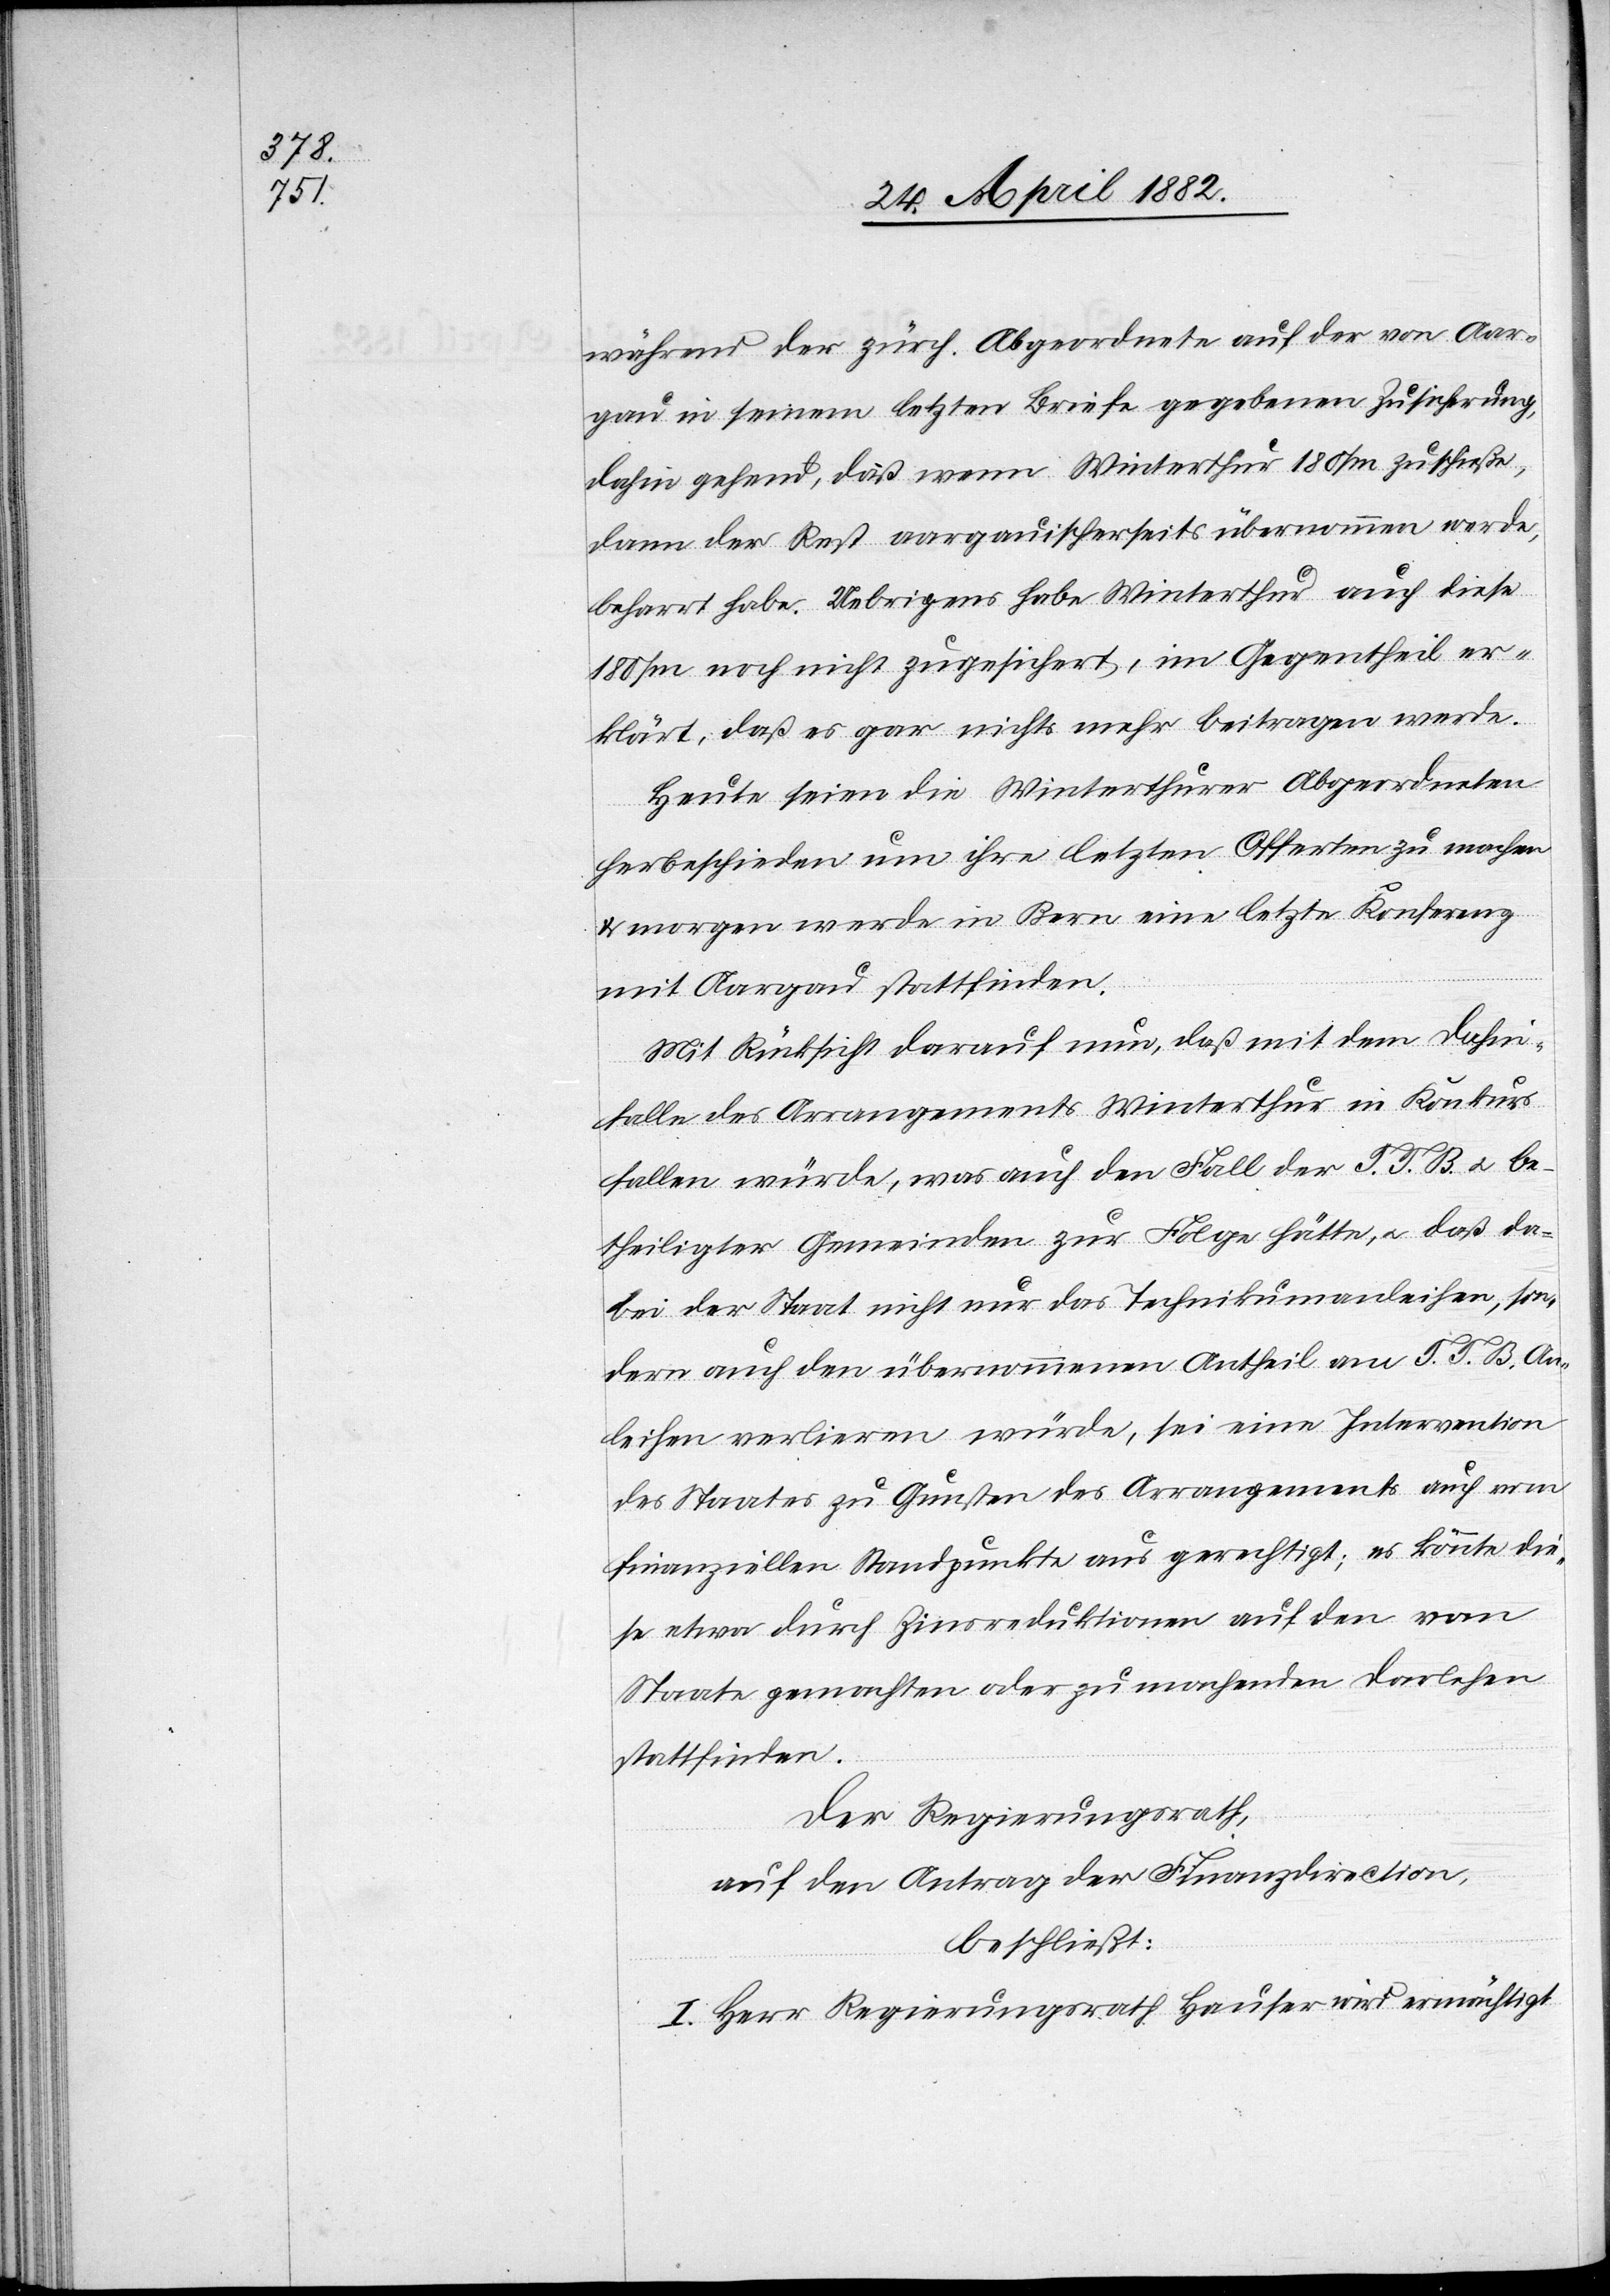
während der zürch. Abgeordnete auf der von Aar¬
gau in seinem letzten Briefe gegebene Zusicherung,
dahin gehend, daß wenn Winterthur 180/m zuschieße,
dann der Rest aargauischerseits übernommen werde,
beharrt habe. Uebrigens habe Winterthur auch diese
180/m noch nicht zugesichert, im Gegentheil er¬
klärt, daß es gar nichts mehr beitragen werde.
Heute seien die Winterthurer Abgeordneten
herbeschieden um ihre letzten Offerten zu machen
& morgen werde in Bern eine letzte Konferenz
mit Aargau stattfinden.
Mit Rücksicht darauf nun, daß mit dem Dahin¬
falle des Arrangements Winterthur in Konkurs
fallen würde, was auch den Fall der T. T. B. u. be¬
theiligter Gemeinden zur Folge hätte, u. daß da¬
bei der Staat nicht nur das Technikumanleihen, son¬
dern auch den übernommenen Antheil am T. T. B.-An¬
leihen verlieren würde, sei eine Intervention
des Staates zu Gunsten des Arrangements auch vom
finanziellen Standpunkt aus gerechtigt [sic!]; es könnte die¬
se etwa durch Zinsreduktionen auf den vom
Staate gemachten oder zu machenden Darlehen
stattfinden.
Der Regierungsrath,
auf den Antrag der Finanzdirection,
beschließt:
I. Herr Regierungsrath Hauser wird ermächtigt